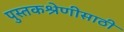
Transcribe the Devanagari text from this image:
पुस्तकश्रेणीसाठी